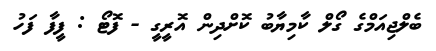
ބެލްޖިއަމްގެ ގޯލް ކާމިޔާބު ކޮށްދިން އޮރީގީ - ފޮޓޯ : ފީފާ ފަހު